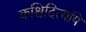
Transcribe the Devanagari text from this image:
कश्चिदित्यपि